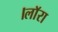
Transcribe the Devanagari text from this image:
।लाॅरा